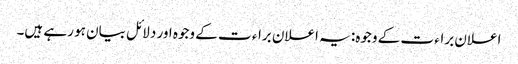
اعلان براء ت کے وجوہ: یہ اعلان براء ت کے وجوہ اور دلائل بیان ہو رہے ہیں۔